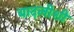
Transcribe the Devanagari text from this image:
बादलीशी